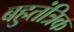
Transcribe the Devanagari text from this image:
बहुतंत्रिक